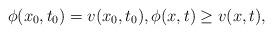
LaTeX: \begin{align*}\phi(x_0,t_0)=v(x_0,t_0), \phi(x,t)\geq v(x,t) ,\end{align*}